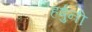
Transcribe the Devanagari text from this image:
हर्षुनी